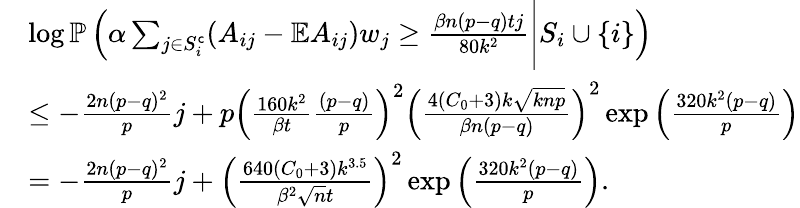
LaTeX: \begin{array}{rl}&{\log\mathbb{P}\left(\alpha\sum_{j\in S_{i}^{\mathsf{c}}}(A_{ij}-\mathbb{E}A_{ij})w_{j}\geq\frac{\beta n(p-q)tj}{80k^{2}}\Bigg|S_{i}\cup\{ i\} \right)}\\ &{\leq-\frac{2n(p-q)^{2}}{p}j+p\left(\frac{160k^{2}}{\beta t}\frac{(p-q)}{p}\right)^{2}\left(\frac{4(C_{0}+3)k\sqrt{knp}}{\beta n(p-q)}\right)^{2}\exp\left(\frac{320k^{2}(p-q)}{p}\right)}\\ &{=-\frac{2n(p-q)^{2}}{p}j+\left(\frac{640(C_{0}+3)k^{3.5}}{\beta^{2}\sqrt{n}t}\right)^{2}\exp\left(\frac{320k^{2}(p-q)}{p}\right).}\end{array}